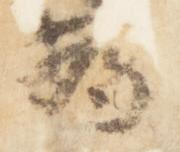
為